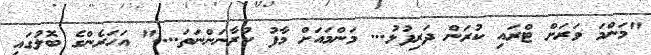
"މަންމަ ވަރަށް ޓްރައި ކުރަން ދަރިފުޅު... މަންމައަށް މާފު ކުރާނަންނަތަ...." އަހަރެންގެ ބޮލުގައި